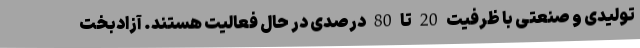
تولیدی و صنعتی با ظرفیت 20 تا 80 درصدی در حال فعالیت هستند. آزادبخت